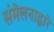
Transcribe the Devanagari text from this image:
संमेलनाद्वारे